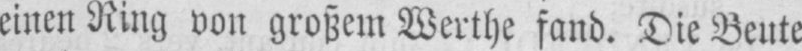
einen Ring von großem Werthe fand. Die Beute